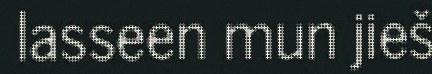
lasseen mun jieš